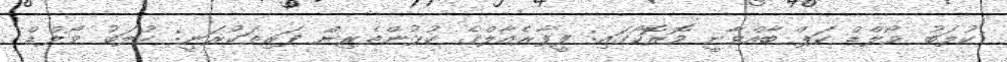
ކުލަބު ވޯލްޑް ކަޕް ބާއްވާނީ މޮރޮކޯގައި: ފީފާރެއާލްގެ ކުޅުންތެރިން ފަރިތަކުރަނީ: ކުލަބު ވޯލްޑް